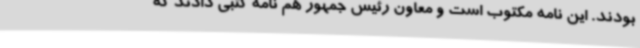
بودند. این نامه مکتوب است و معاون رئیس جمهور هم نامه کتبی دادند که